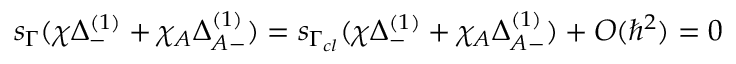
s _ { \Gamma } ( \chi \Delta _ { - } ^ { ( 1 ) } + \chi _ { A } \Delta _ { A - } ^ { ( 1 ) } ) = s _ { \Gamma _ { c l } } ( \chi \Delta _ { - } ^ { ( 1 ) } + \chi _ { A } \Delta _ { A - } ^ { ( 1 ) } ) + { \cal O } ( \hbar ^ { 2 } ) = 0